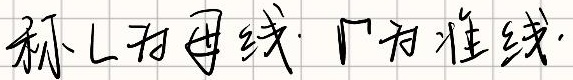
称 \(L\)为母线，\(\Gamma\)为准线.